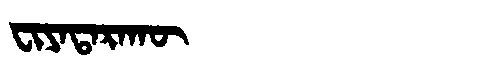
Manchu: ᠸᡳᠶᠠᡨᠠᡵᠠᡴᡡ
Romanization: FIYATARAKŪ